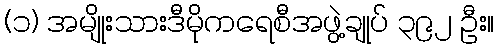
(၁) အမျိုးသားဒီမိုကရေစီအဖွဲ့ချုပ် ၃၉၂ ဦး။